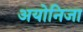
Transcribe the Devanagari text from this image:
अयोनिजा